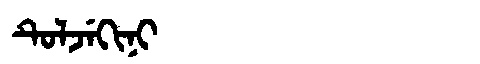
Manchu: ᡨᡠᠯᠵᡝᡴᡳᠨᡳ
Romanization: TULJEKINI